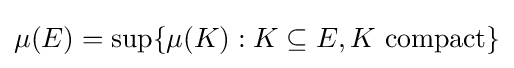
\mu (E)=\sup\{\mu (K):K\subseteq E,K{\mbox{ compact}}\}